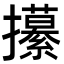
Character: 𭣎